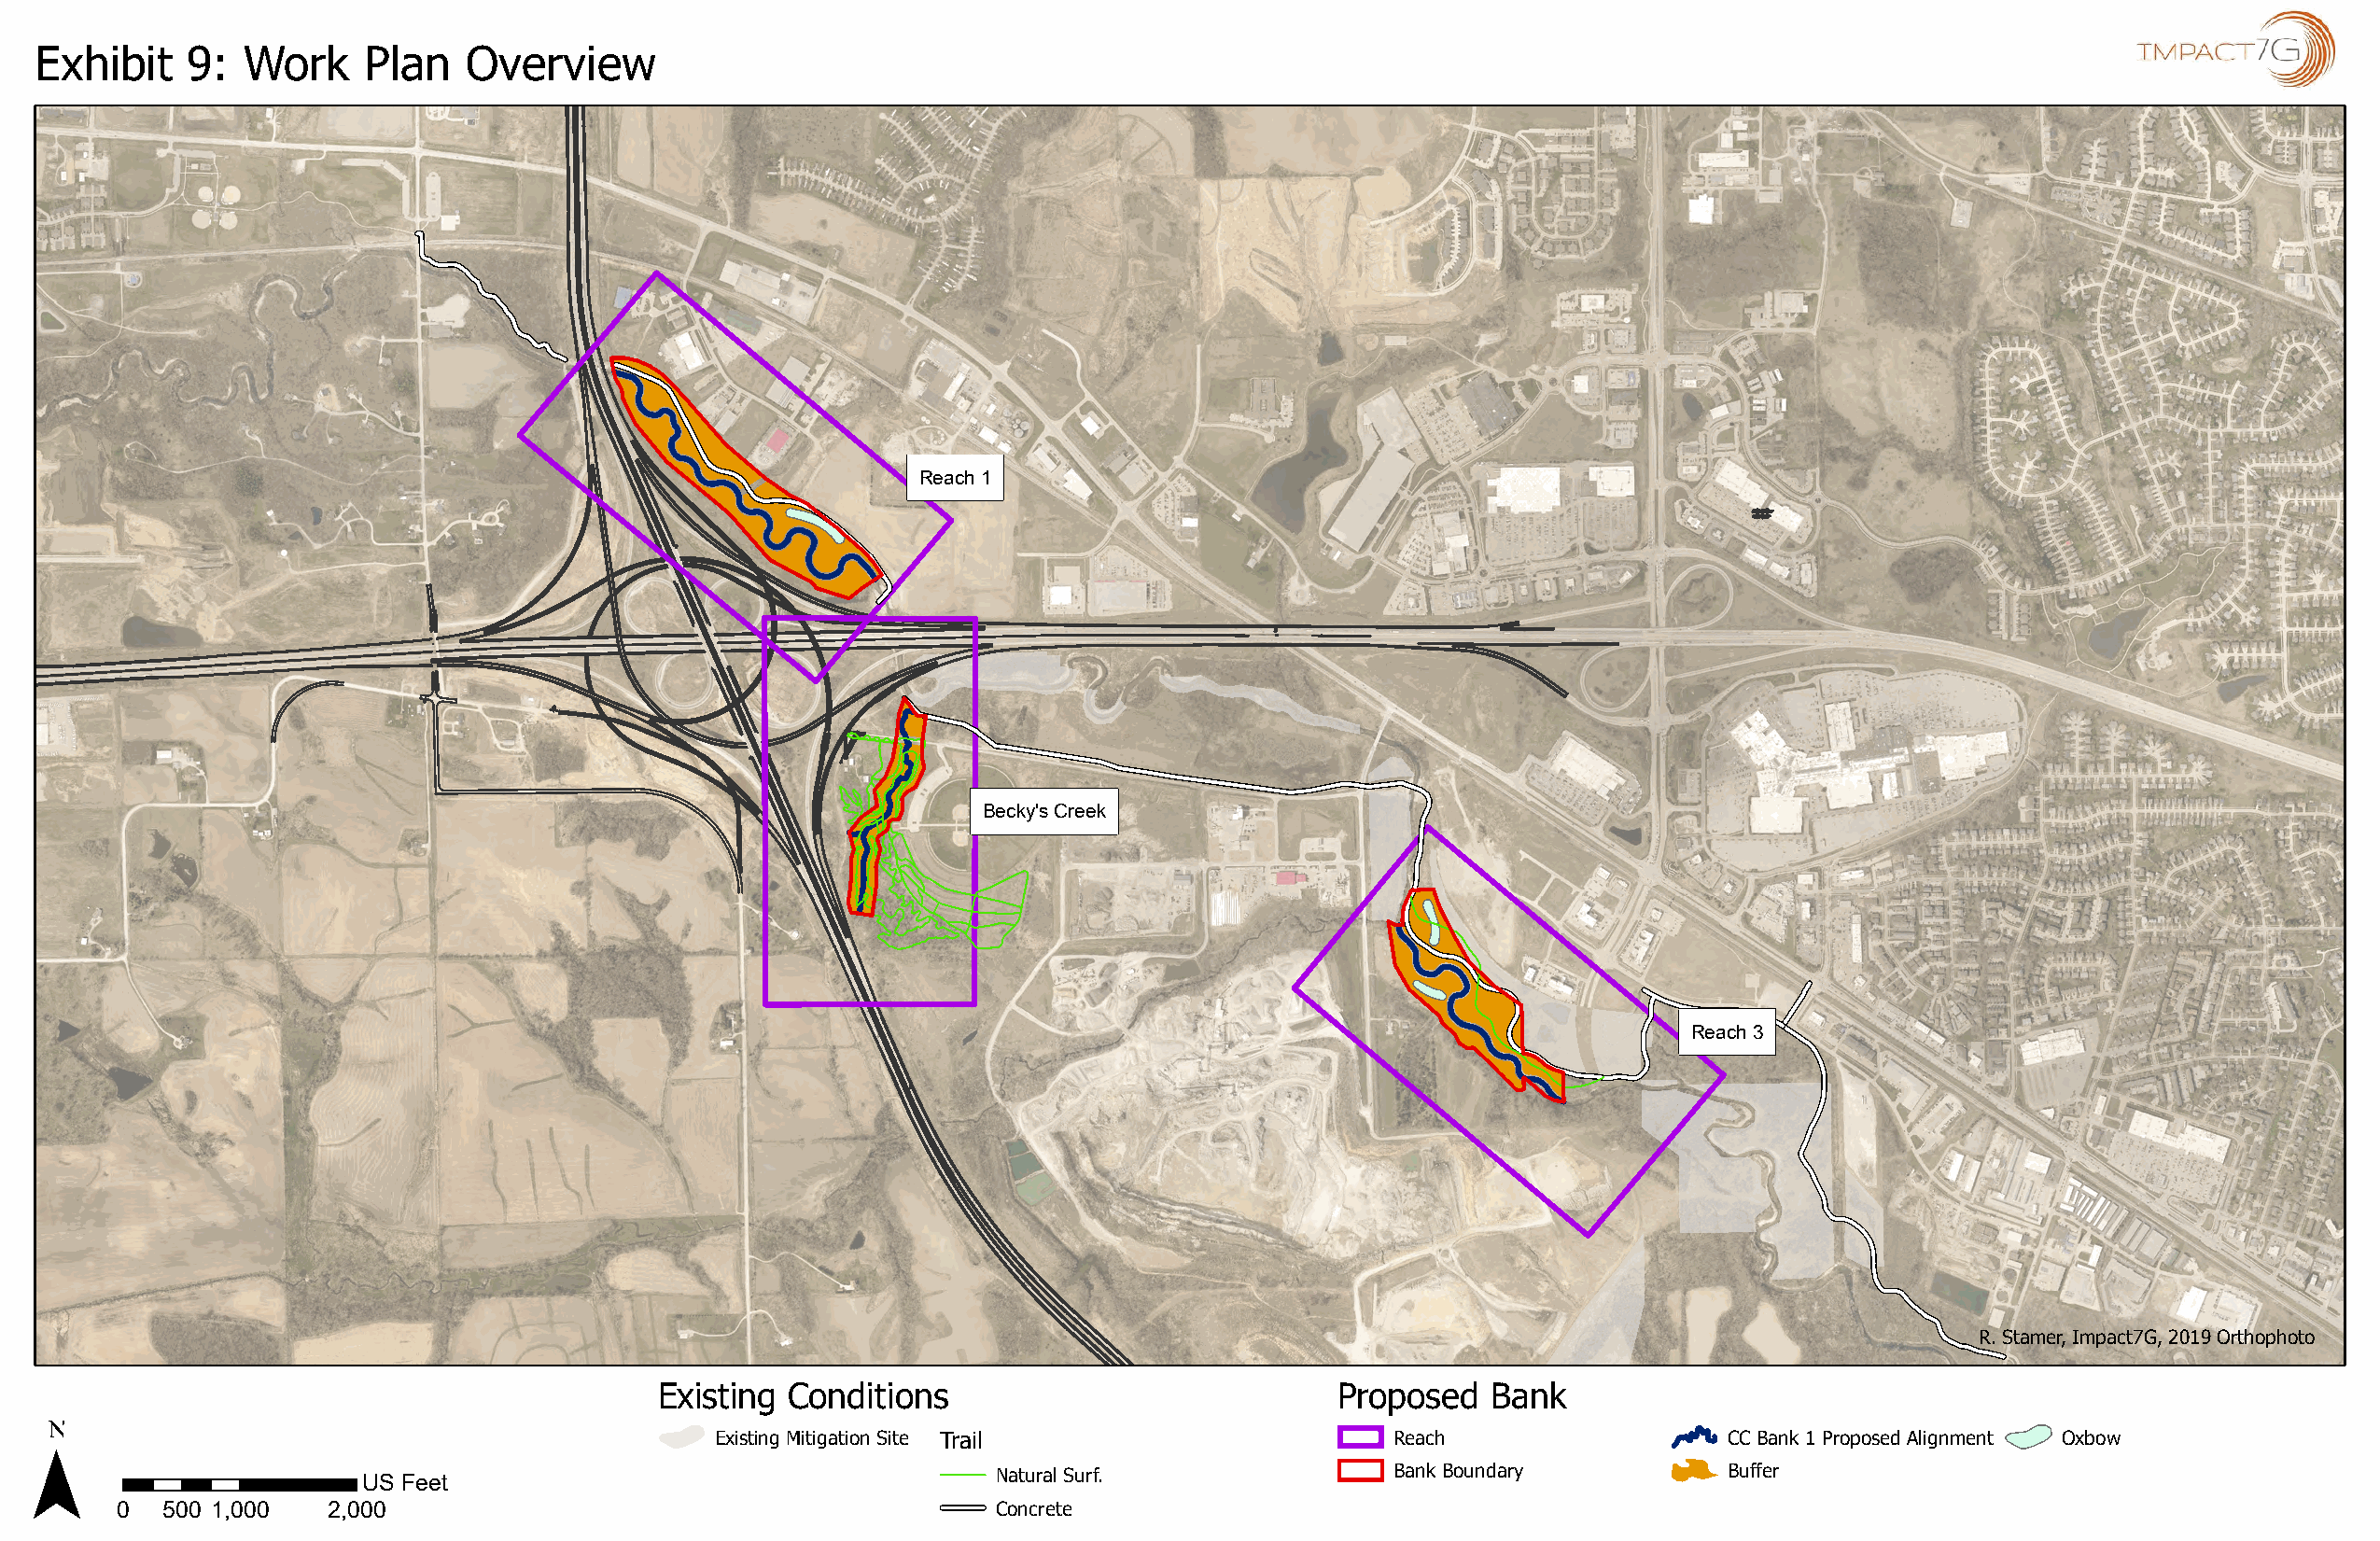
Exhibit    9:  Work     Plan   Overview                                                                                                               IMPACT~
 Reach 1
 Becky's Creek
 Reach 3
 R. Stamer, Impact7G, 2019 Orthophoto
 Existing Conditions                             Proposed   Bank
 N                                               Existing Mitigation Site Trail              c::::J Reach                CC Bank 1 Proposed Alignment Oxbow
 A
 US Feet                                      Natural Surf.           CJ  Bank Boundary           Buffer
 0   500 1,000  2,000                                       =   Concrete